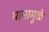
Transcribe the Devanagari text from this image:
पानामुळे